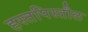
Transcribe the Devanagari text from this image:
हस्तपिस्तौल